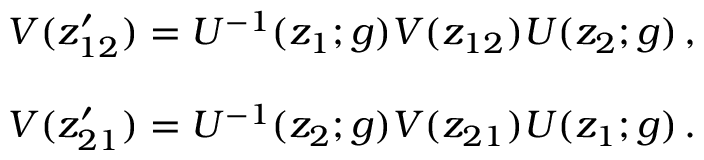
\begin{array} { c } { { V ( z _ { 1 2 } ^ { \prime } ) = U ^ { - 1 } ( z _ { 1 } ; g ) V ( z _ { 1 2 } ) U ( z _ { 2 } ; g ) \, , } } \\ { { { } } } \\ { { V ( z _ { 2 1 } ^ { \prime } ) = U ^ { - 1 } ( z _ { 2 } ; g ) V ( z _ { 2 1 } ) U ( z _ { 1 } ; g ) \, . } } \end{array}